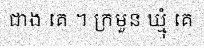
ជាង គេ ។ ក្រមួន ឃ្មុំ គេ